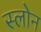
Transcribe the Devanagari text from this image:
स्‍लोन